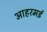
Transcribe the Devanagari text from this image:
आहरमई